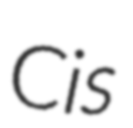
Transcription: Cis